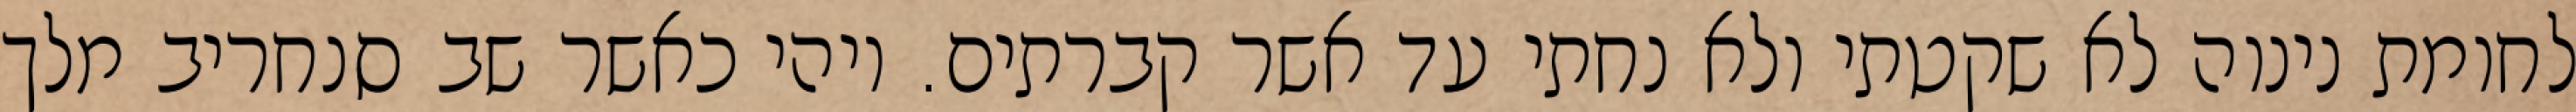
לחומת נינוה לא שקטתי ולא נחתי עד אשר קברתים. ויהי כאשר שב סנחריב מלך